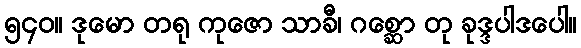
၅၄၀။ ဒုမော တရု ကုဇော သာခီ၊ ဂစ္ဆော တု ခုဒ္ဒပါဒပေါ။